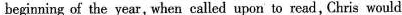
beginning of the year, when called upon to read , Chris would